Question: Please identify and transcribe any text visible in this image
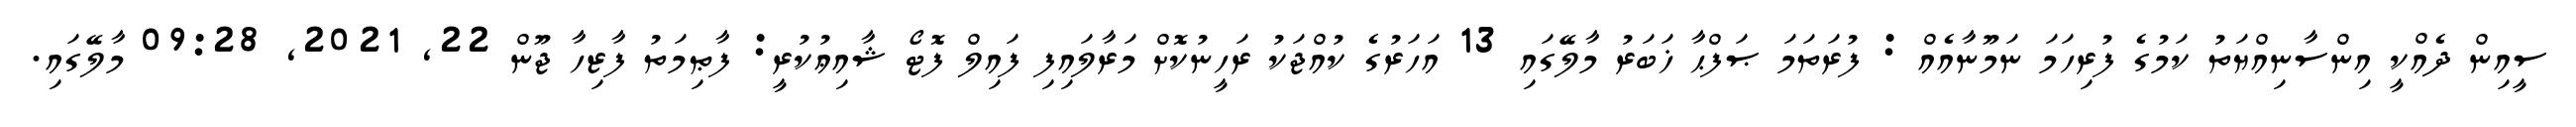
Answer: ސީއިން ދެއްކީ އިންސާނިއްޔަތު ކަމުގެ ފުރިހަމަ ނަމޫނާއެއް : ފުރަތަމަ ޞަފްޙާ ޚަބަރު މާލޭގައި 13 އަހަރުގެ ކުއްޖަކު ރަހީނުކޮށް މަރާލައިފި ފައިލް ފޮޓޯ ޝާއިޢުކުރީ: ފާޠިމަތު ފާޒިހާ ޖޫން 22, 2021, 09:28 މާލޭގައި.